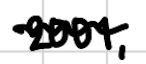
Text: 2001,
Cross-out: mix
Writing tool: digital_black